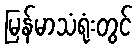
မြန်မာသံရုံးတွင်